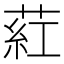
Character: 葒